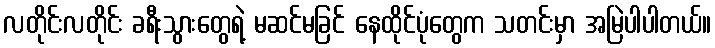
လတိုင်းလတိုင်း ခရီးသွားတွေရဲ့ မဆင်မခြင် နေထိုင်ပုံတွေက သတင်းမှာ အမြဲပါပါတယ်။